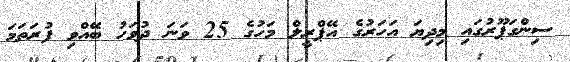
ސިންގަޕޫރުގައި މިދިޔަ އަހަރުގެ އޭޕްރީލް މަހުގެ 25 ވަނަ ދުވަހު ބޭއްވި ފުރަތަމަ